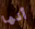
أنها